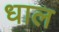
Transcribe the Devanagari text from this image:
धाल